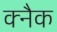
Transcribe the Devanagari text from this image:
क्नैक